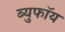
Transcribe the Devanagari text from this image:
ब्युफॉय